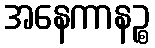
အနေကာနဉ္စ